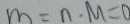
m = n \cdot M = 0